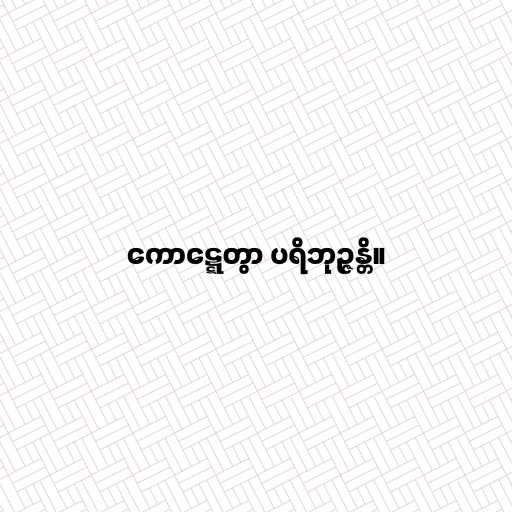
ကောဋ္ဋေတွာ ပရိဘုဉ္ဇန္တိ။